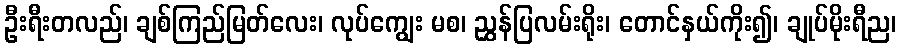
ဦးရီးတလည်၊ ချစ်ကြည်မြတ်လေး၊ လုပ်ကျွေး မစ၊ ညွှန်ပြလမ်းရိုး၊ တောင်နှယ်ကိုး၍၊ ချုပ်မိုးရီည၊